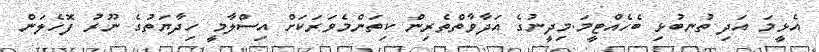
އެޅީމަ އަދި ތުނބުޅި ބެހެއްޓީމަ.މިދީނުގެ އަދާވާތްތެރިން ކިތަންމެވަރަކަށް އިސްލާމީ ހިދާޔަތުގެ ނޫރު ފޮހެލަން